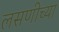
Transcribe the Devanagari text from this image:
लसणीच्या